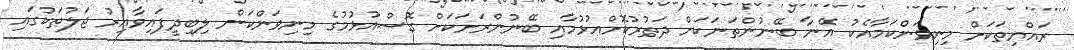
ރައްޔިތަކަށް މިނިވަންކަމާއެކު އޭނާ ބޭނުންތަނަކަށް ދަތުރުކޮށްއުޅުމާއި ބޭނުންރަށަކަށް ގޮސްއުޅުމުގެ މިނިވަންކަން ލިބިދީފައިވާއިރު ޖަލުތަކުގައި